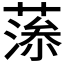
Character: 𦸼